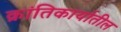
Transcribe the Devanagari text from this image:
क्रांतिकार्यातील